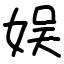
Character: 娱